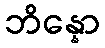
ဘိန္နော